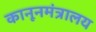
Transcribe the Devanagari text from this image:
कानूनमंत्रालय